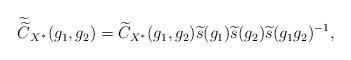
LaTeX: \begin{align*}\widetilde{\widetilde{C}}_{X^{\ast}}(g_1,g_2)=\widetilde{C}_{X^{\ast}}(g_1,g_2)\widetilde{s}(g_1)\widetilde{s}(g_2) \widetilde{s}(g_1g_2)^{-1},\end{align*}